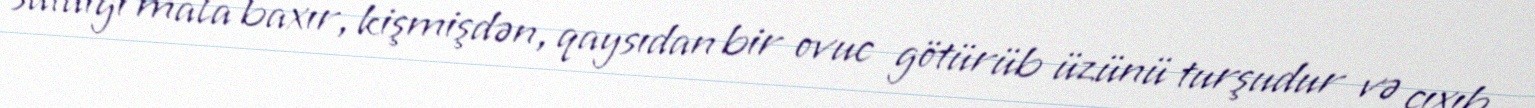
satdığı mala baxır, kişmişdən, qaysıdan bir ovuc götürüb üzünü turşudur və çıxıb